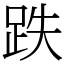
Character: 跌